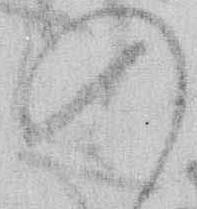
の